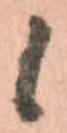
候